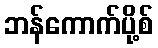
ဘန်ကောက်ပို့စ်